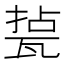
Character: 𤭥